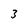
Character: 3